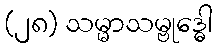
(၂၈) သမ္မာသမ္ဗုဒ္ဓေါ